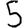
Digit: 5